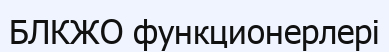
БЛКЖО функционерлері